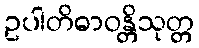
ဥပါတိဓာဝန္တိသုတ္တ